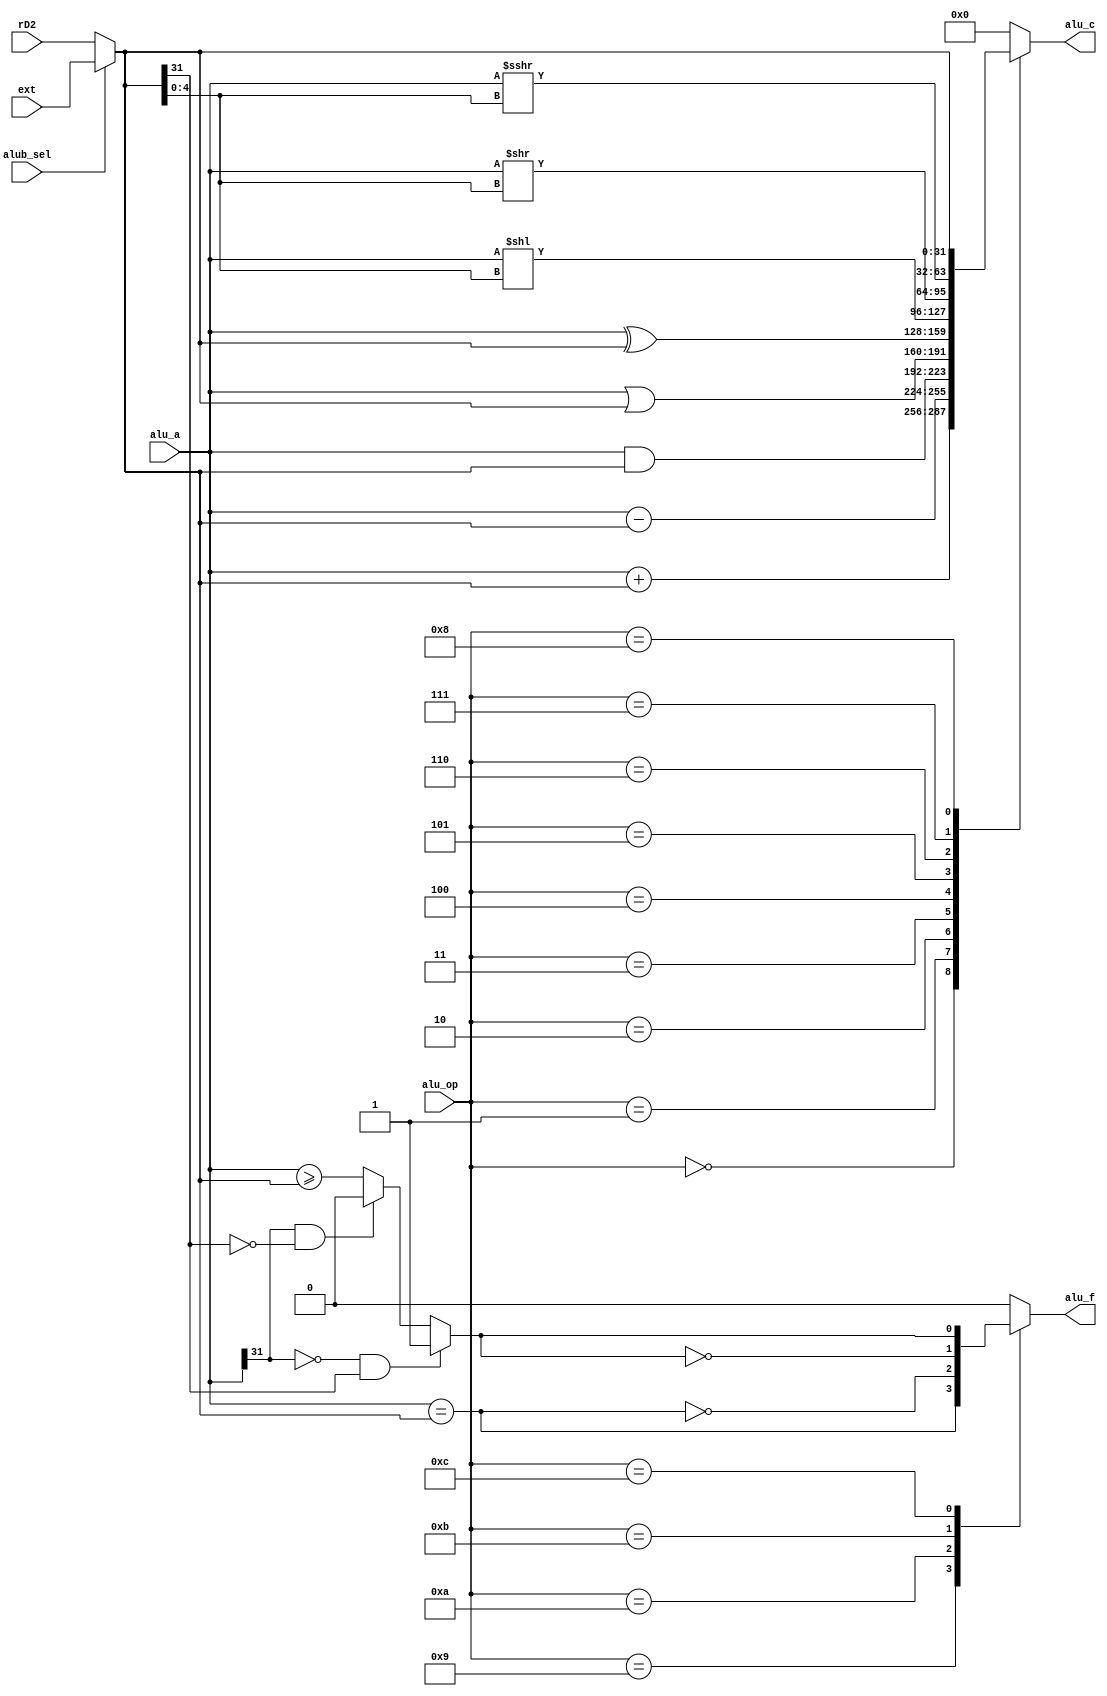
module ALU (
    input [3:0] alu_op,
    input alub_sel,

    input [31:0] alu_a,
    input [31:0] ext,
    input [31:0] rD2,

    output reg [31:0] alu_c,
    output reg alu_f
);
    wire [31:0]alu_b;
    assign alu_b = (alub_sel==1'b0)?rD2:ext;

    wire [4:0] shift_bit = alu_b[4:0]; 
    wire [31:0] algor_right = $signed(alu_a) >>> shift_bit;
    reg a_ge_b;
    always @(*)begin
        if(alu_a[31]==1'b0 && alu_b[31]==1'b1)
            a_ge_b = 1'b1;
        else if(alu_a[31]==1'b1 && alu_b[31]==1'b0)
            a_ge_b = 1'b0;
        //else if(alu_a[31]==1'b1 && alu_b[31]==1'b1)
         //   a_ge_b = (alu_a>=alu_b[30:0]);
        else
            a_ge_b = (alu_a>=alu_b);
    end

    always @(*) begin
        case (alu_op)
            4'd0: alu_c = alu_a + alu_b;//ADD
            4'd1: alu_c = alu_a - alu_b;//SUB
            4'd2: alu_c = alu_a & alu_b;//AND
            4'd3: alu_c = alu_a | alu_b;//OR
            4'd4: alu_c = alu_a ^ alu_b;//XOR
            4'd5: alu_c = alu_a << shift_bit;//SLL
            4'd6: alu_c = alu_a >> shift_bit;//SRL
            4'd7: alu_c = algor_right;//SRA
            4'd8: alu_c = alu_b;//LUI
            default: alu_c = 32'd0;
        endcase

        case (alu_op)
            4'd9: alu_f = (alu_a==alu_b);//EQ     
            4'd10: alu_f = ~(alu_a==alu_b);//NE
            4'd11: alu_f = ~a_ge_b;//LT
            4'd12: alu_f = a_ge_b;//GE
            default: alu_f = 0;
        endcase
    end
    
endmodule